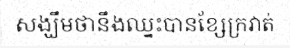
សង្ឃឹមថានឹងឈ្នះបានខ្សែក្រវាត់